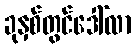
ခုနှစ်တွင်ဒေါ်လာ